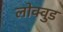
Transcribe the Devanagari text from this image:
लोक्वुड